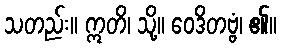
သတည်း။ ဣတိ၊ သို့။ ဝေဒိတဗ္ဗံ၊ ၏။